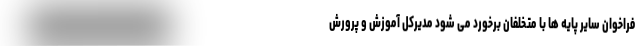
فراخوان سایر پایه ها با متخلفان برخورد می شود مدیرکل آموزش و پرورش